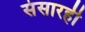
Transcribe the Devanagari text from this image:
संसारही